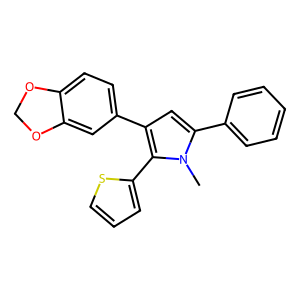
SMILES: Cn1c(-c2ccccc2)cc(-c2ccc3c(c2)OCO3)c1-c1cccs1
Inhibits HIV replication: No